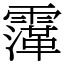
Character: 䨰